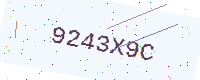
Text: 9243X9C